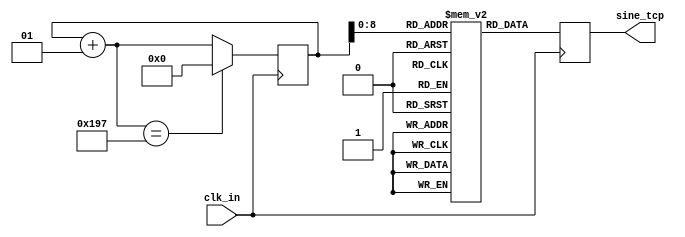
`timescale 1ns / 1ps
//////////////////////////////////////////////////////////////////////////////////
// Company: 
// Engineer: 
// 
// Design Name: 
// Module Name: LUT_tap
// Project Name: 
// Target Devices: 
// Tool Versions: 
// Description: 
// 
// Dependencies: 
// 
// Revision:
// Revision 0.01 - File Created
// Additional Comments:
// 
//////////////////////////////////////////////////////////////////////////////////


module LUT_tcp(
    input clk_in ,
    output reg  [11:0] sine_tcp
    );
parameter SIZE = 407;    // USER INPUT
reg  [11:0] tcp_value [SIZE-1:0];
integer i;

initial begin 
tcp_value[0]=594;
tcp_value[1]=588;
tcp_value[2]=583;
tcp_value[3]=578;
tcp_value[4]=573;
tcp_value[5]=568;
tcp_value[6]=563;
tcp_value[7]=558;
tcp_value[8]=553;
tcp_value[9]=549;
tcp_value[10]=544;
tcp_value[11]=540;
tcp_value[12]=535;
tcp_value[13]=531;
tcp_value[14]=527;
tcp_value[15]=523;
tcp_value[16]=519;
tcp_value[17]=515;
tcp_value[18]=511;
tcp_value[19]=508;
tcp_value[20]=504;
tcp_value[21]=501;
tcp_value[22]=497;
tcp_value[23]=494;
tcp_value[24]=491;
tcp_value[25]=488;
tcp_value[26]=485;
tcp_value[27]=482;
tcp_value[28]=479;
tcp_value[29]=476;
tcp_value[30]=474;
tcp_value[31]=471;
tcp_value[32]=469;
tcp_value[33]=467;
tcp_value[34]=464;
tcp_value[35]=462;
tcp_value[36]=460;
tcp_value[37]=458;
tcp_value[38]=456;
tcp_value[39]=454;
tcp_value[40]=453;
tcp_value[41]=451;
tcp_value[42]=449;
tcp_value[43]=448;
tcp_value[44]=446;
tcp_value[45]=445;
tcp_value[46]=444;
tcp_value[47]=442;
tcp_value[48]=441;
tcp_value[49]=440;
tcp_value[50]=439;
tcp_value[51]=438;
tcp_value[52]=437;
tcp_value[53]=436;
tcp_value[54]=435;
tcp_value[55]=435;
tcp_value[56]=434;
tcp_value[57]=433;
tcp_value[58]=433;
tcp_value[59]=432;
tcp_value[60]=432;
tcp_value[61]=431;
tcp_value[62]=431;
tcp_value[63]=431;
tcp_value[64]=430;
tcp_value[65]=430;
tcp_value[66]=430;
tcp_value[67]=430;
tcp_value[68]=430;
tcp_value[69]=430;
tcp_value[70]=430;
tcp_value[71]=430;
tcp_value[72]=431;
tcp_value[73]=431;
tcp_value[74]=431;
tcp_value[75]=431;
tcp_value[76]=432;
tcp_value[77]=432;
tcp_value[78]=433;
tcp_value[79]=433;
tcp_value[80]=434;
tcp_value[81]=435;
tcp_value[82]=436;
tcp_value[83]=436;
tcp_value[84]=437;
tcp_value[85]=438;
tcp_value[86]=439;
tcp_value[87]=440;
tcp_value[88]=441;
tcp_value[89]=443;
tcp_value[90]=444;
tcp_value[91]=445;
tcp_value[92]=447;
tcp_value[93]=448;
tcp_value[94]=450;
tcp_value[95]=451;
tcp_value[96]=453;
tcp_value[97]=455;
tcp_value[98]=457;
tcp_value[99]=459;
tcp_value[100]=461;
tcp_value[101]=463;
tcp_value[102]=465;
tcp_value[103]=467;
tcp_value[104]=470;
tcp_value[105]=472;
tcp_value[106]=475;
tcp_value[107]=477;
tcp_value[108]=480;
tcp_value[109]=483;
tcp_value[110]=486;
tcp_value[111]=489;
tcp_value[112]=492;
tcp_value[113]=495;
tcp_value[114]=498;
tcp_value[115]=502;
tcp_value[116]=505;
tcp_value[117]=509;
tcp_value[118]=512;
tcp_value[119]=516;
tcp_value[120]=520;
tcp_value[121]=524;
tcp_value[122]=528;
tcp_value[123]=532;
tcp_value[124]=537;
tcp_value[125]=541;
tcp_value[126]=545;
tcp_value[127]=550;
tcp_value[128]=555;
tcp_value[129]=560;
tcp_value[130]=564;
tcp_value[131]=569;
tcp_value[132]=574;
tcp_value[133]=580;
tcp_value[134]=585;
tcp_value[135]=590;
tcp_value[136]=596;
tcp_value[137]=601;
tcp_value[138]=607;
tcp_value[139]=613;
tcp_value[140]=619;
tcp_value[141]=624;
tcp_value[142]=630;
tcp_value[143]=636;
tcp_value[144]=643;
tcp_value[145]=649;
tcp_value[146]=655;
tcp_value[147]=662;
tcp_value[148]=668;
tcp_value[149]=675;
tcp_value[150]=681;
tcp_value[151]=688;
tcp_value[152]=694;
tcp_value[153]=701;
tcp_value[154]=708;
tcp_value[155]=715;
tcp_value[156]=722;
tcp_value[157]=729;
tcp_value[158]=736;
tcp_value[159]=743;
tcp_value[160]=750;
tcp_value[161]=757;
tcp_value[162]=764;
tcp_value[163]=771;
tcp_value[164]=779;
tcp_value[165]=786;
tcp_value[166]=793;
tcp_value[167]=800;
tcp_value[168]=808;
tcp_value[169]=815;
tcp_value[170]=822;
tcp_value[171]=830;
tcp_value[172]=837;
tcp_value[173]=844;
tcp_value[174]=851;
tcp_value[175]=858;
tcp_value[176]=866;
tcp_value[177]=873;
tcp_value[178]=880;
tcp_value[179]=887;
tcp_value[180]=894;
tcp_value[181]=901;
tcp_value[182]=908;
tcp_value[183]=915;
tcp_value[184]=922;
tcp_value[185]=929;
tcp_value[186]=936;
tcp_value[187]=943;
tcp_value[188]=950;
tcp_value[189]=956;
tcp_value[190]=963;
tcp_value[191]=969;
tcp_value[192]=976;
tcp_value[193]=982;
tcp_value[194]=988;
tcp_value[195]=995;
tcp_value[196]=1001;
tcp_value[197]=1007;
tcp_value[198]=1013;
tcp_value[199]=1019;
tcp_value[200]=1025;
tcp_value[201]=1031;
tcp_value[202]=1036;
tcp_value[203]=1042;
tcp_value[204]=1047;
tcp_value[205]=1053;
tcp_value[206]=1058;
tcp_value[207]=1063;
tcp_value[208]=1068;
tcp_value[209]=1073;
tcp_value[210]=1078;
tcp_value[211]=1083;
tcp_value[212]=1088;
tcp_value[213]=1092;
tcp_value[214]=1097;
tcp_value[215]=1101;
tcp_value[216]=1105;
tcp_value[217]=1110;
tcp_value[218]=1114;
tcp_value[219]=1118;
tcp_value[220]=1122;
tcp_value[221]=1125;
tcp_value[222]=1129;
tcp_value[223]=1133;
tcp_value[224]=1136;
tcp_value[225]=1140;
tcp_value[226]=1143;
tcp_value[227]=1146;
tcp_value[228]=1149;
tcp_value[229]=1152;
tcp_value[230]=1155;
tcp_value[231]=1158;
tcp_value[232]=1161;
tcp_value[233]=1163;
tcp_value[234]=1166;
tcp_value[235]=1168;
tcp_value[236]=1171;
tcp_value[237]=1173;
tcp_value[238]=1175;
tcp_value[239]=1177;
tcp_value[240]=1179;
tcp_value[241]=1181;
tcp_value[242]=1183;
tcp_value[243]=1185;
tcp_value[244]=1187;
tcp_value[245]=1188;
tcp_value[246]=1190;
tcp_value[247]=1191;
tcp_value[248]=1193;
tcp_value[249]=1194;
tcp_value[250]=1196;
tcp_value[251]=1197;
tcp_value[252]=1198;
tcp_value[253]=1199;
tcp_value[254]=1200;
tcp_value[255]=1201;
tcp_value[256]=1202;
tcp_value[257]=1203;
tcp_value[258]=1203;
tcp_value[259]=1204;
tcp_value[260]=1205;
tcp_value[261]=1205;
tcp_value[262]=1206;
tcp_value[263]=1206;
tcp_value[264]=1207;
tcp_value[265]=1207;
tcp_value[266]=1208;
tcp_value[267]=1208;
tcp_value[268]=1208;
tcp_value[269]=1208;
tcp_value[270]=1208;
tcp_value[271]=1208;
tcp_value[272]=1208;
tcp_value[273]=1208;
tcp_value[274]=1208;
tcp_value[275]=1208;
tcp_value[276]=1208;
tcp_value[277]=1207;
tcp_value[278]=1207;
tcp_value[279]=1207;
tcp_value[280]=1206;
tcp_value[281]=1206;
tcp_value[282]=1205;
tcp_value[283]=1205;
tcp_value[284]=1204;
tcp_value[285]=1203;
tcp_value[286]=1202;
tcp_value[287]=1202;
tcp_value[288]=1201;
tcp_value[289]=1200;
tcp_value[290]=1199;
tcp_value[291]=1198;
tcp_value[292]=1196;
tcp_value[293]=1195;
tcp_value[294]=1194;
tcp_value[295]=1192;
tcp_value[296]=1191;
tcp_value[297]=1189;
tcp_value[298]=1188;
tcp_value[299]=1186;
tcp_value[300]=1184;
tcp_value[301]=1183;
tcp_value[302]=1181;
tcp_value[303]=1179;
tcp_value[304]=1177;
tcp_value[305]=1174;
tcp_value[306]=1172;
tcp_value[307]=1170;
tcp_value[308]=1168;
tcp_value[309]=1165;
tcp_value[310]=1162;
tcp_value[311]=1160;
tcp_value[312]=1157;
tcp_value[313]=1154;
tcp_value[314]=1151;
tcp_value[315]=1148;
tcp_value[316]=1145;
tcp_value[317]=1142;
tcp_value[318]=1138;
tcp_value[319]=1135;
tcp_value[320]=1131;
tcp_value[321]=1128;
tcp_value[322]=1124;
tcp_value[323]=1120;
tcp_value[324]=1116;
tcp_value[325]=1112;
tcp_value[326]=1108;
tcp_value[327]=1104;
tcp_value[328]=1100;
tcp_value[329]=1095;
tcp_value[330]=1091;
tcp_value[331]=1086;
tcp_value[332]=1081;
tcp_value[333]=1076;
tcp_value[334]=1072;
tcp_value[335]=1066;
tcp_value[336]=1061;
tcp_value[337]=1056;
tcp_value[338]=1051;
tcp_value[339]=1045;
tcp_value[340]=1040;
tcp_value[341]=1034;
tcp_value[342]=1029;
tcp_value[343]=1023;
tcp_value[344]=1017;
tcp_value[345]=1011;
tcp_value[346]=1005;
tcp_value[347]=999;
tcp_value[348]=993;
tcp_value[349]=986;
tcp_value[350]=980;
tcp_value[351]=974;
tcp_value[352]=967;
tcp_value[353]=961;
tcp_value[354]=954;
tcp_value[355]=947;
tcp_value[356]=941;
tcp_value[357]=934;
tcp_value[358]=927;
tcp_value[359]=920;
tcp_value[360]=913;
tcp_value[361]=906;
tcp_value[362]=899;
tcp_value[363]=892;
tcp_value[364]=885;
tcp_value[365]=878;
tcp_value[366]=870;
tcp_value[367]=863;
tcp_value[368]=856;
tcp_value[369]=849;
tcp_value[370]=842;
tcp_value[371]=834;
tcp_value[372]=827;
tcp_value[373]=820;
tcp_value[374]=813;
tcp_value[375]=805;
tcp_value[376]=798;
tcp_value[377]=791;
tcp_value[378]=784;
tcp_value[379]=776;
tcp_value[380]=769;
tcp_value[381]=762;
tcp_value[382]=755;
tcp_value[383]=748;
tcp_value[384]=741;
tcp_value[385]=734;
tcp_value[386]=727;
tcp_value[387]=720;
tcp_value[388]=713;
tcp_value[389]=706;
tcp_value[390]=699;
tcp_value[391]=692;
tcp_value[392]=686;
tcp_value[393]=679;
tcp_value[394]=672;
tcp_value[395]=666;
tcp_value[396]=659;
tcp_value[397]=653;
tcp_value[398]=647;
tcp_value[399]=641;
tcp_value[400]=634;
tcp_value[401]=628;
tcp_value[402]=622;
tcp_value[403]=617;
tcp_value[404]=611;
tcp_value[405]=605;
tcp_value[406]=599;
end 
 
 
//At every positive edge of the clock, output a sine wave sample.
always@(posedge clk_in)
begin
    sine_tcp = tcp_value[i];
    i = i+ 1;
    if(i == SIZE)
        i = 0;
end
endmodule